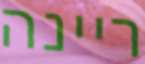
ריינה